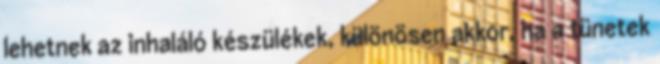
lehetnek az inhaláló készülékek, különösen akkor, ha a tünetek